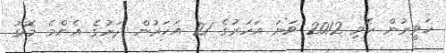
ހަވީރުން ހޮވި 2012 ވަނަ އަހަރުގެ 21 އަހަރުން ދަށުގެ އެންމެ މޮޅު